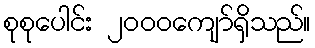
စုစုပေါင်း ၂၀၀၀ကျော်ရှိသည်။